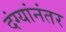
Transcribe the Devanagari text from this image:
दंग्यांनंतर